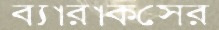
ব্যারাকসের